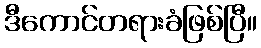
ဒီကောင်တရားခံဖြစ်ပြီ။